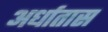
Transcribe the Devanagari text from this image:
अर्धातास